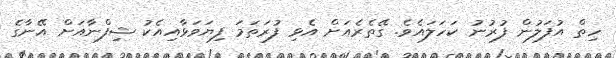
ހިތް އުފަލުން ފުރުނު ކަހަލައެވެ. ގޭތެރެއަށް އެޅި ފުރަތަމަ ފިޔަވަޅާއިއެކު ޝިފްނާއަށް އޭނާގެ